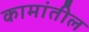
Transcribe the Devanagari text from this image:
कामांतील